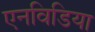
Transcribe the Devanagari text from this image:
एनविडिया